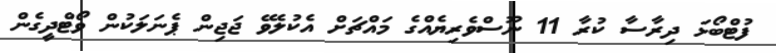
ފުޓްބޯޅަ ދިރާސާ ކުރާ 11 ނޫސްވެރިޔެއްގެ މައްޗަށް އެކުލެވޭ ޖަޖިން ޕެނަލަކުން ވޯޓްދީގެން